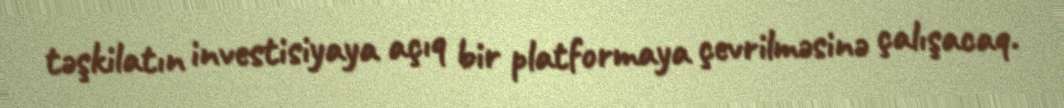
təşkilatın investisiyaya açıq bir platformaya çevrilməsinə çalışacaq.